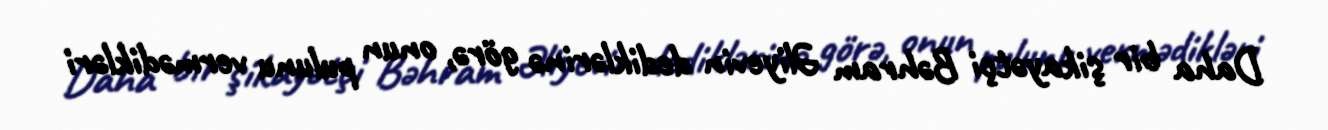
Daha bir şikayətçi Bəhram Əliyevin dediklərinə görə, onun pulunu vermədikləri